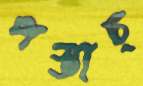
পস্তাচ্